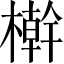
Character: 檊